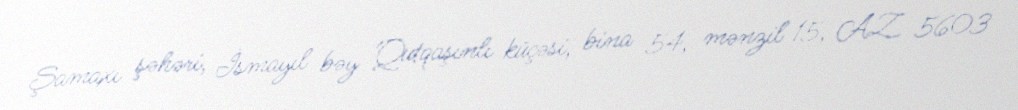
Şamaxı şəhəri, İsmayıl bəy Qutqaşınlı küçəsi, bina 54, mənzil 15, AZ 5603